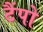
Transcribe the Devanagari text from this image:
टैंपो